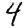
Digit: 4